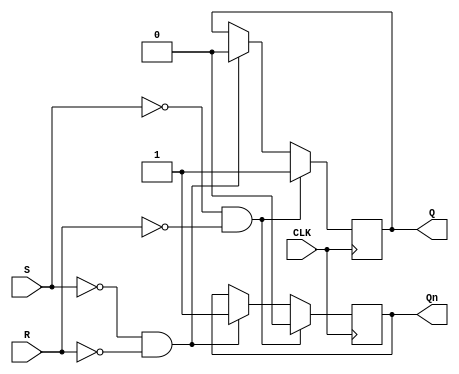
module Gated_SR_FF (
    input S, // Set input
    input R, // Reset input
    input CLK, // Clock input
    output reg Q, // Output Q
    output reg Qn // Output Q'
);

wire S_n; // inverted S input
wire R_n; // inverted R input

assign S_n = ~S;
assign R_n = ~R;

always @(posedge CLK) begin
    if (S_n & !R) begin
        Q <= 1'b1; // Set the flip-flop to logic high state
        Qn <= 1'b0;
    end else if (!S & R_n) begin
        Q <= 1'b0; // Reset the flip-flop to logic low state
        Qn <= 1'b1;
    end
end

endmodule